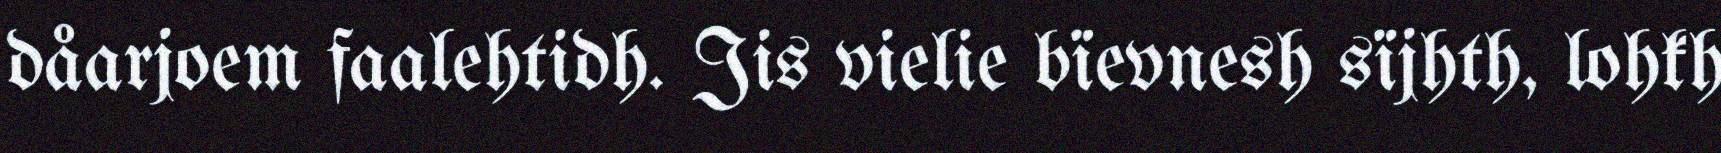
dåarjoem faalehtidh. Jis vielie bïevnesh sïjhth, lohkh